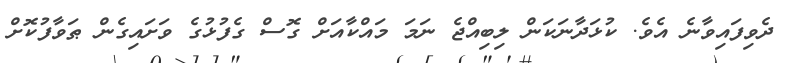
ދެވިފައިވާނެ އެވެ. ކުޅަދާނަކަން ލިބިއްޖެ ނަމަ މައްކާއަށް ގޮސް ގެފުޅުގެ ވަށައިގެން ޠަވާފުކޮށް